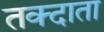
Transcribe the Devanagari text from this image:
तक्दाता